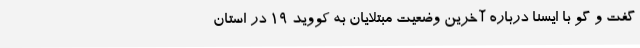
گفت و گو با ایسنا درباره آخرین وضعیت مبتلایان به کووید 19 در استان